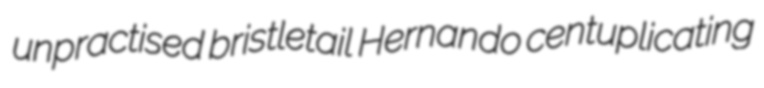
unpractised bristletail Hernando centuplicating